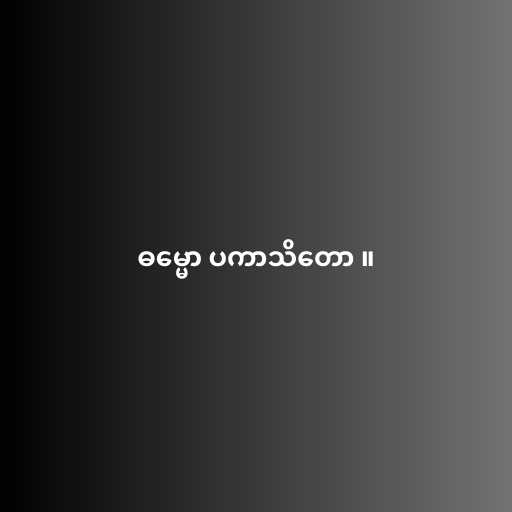
ဓမ္မော ပကာသိတော ။